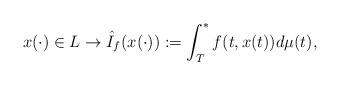
LaTeX: \begin{align*}x(\cdot )\in L\rightarrow \hat{I}_{f}(x(\cdot)):=\int_{T}^*f(t,x(t))d\mu (t),\end{align*}